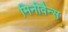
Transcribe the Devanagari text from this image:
मिनीवैन्स